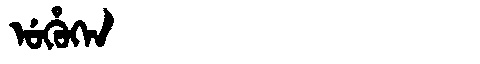
Manchu: ᡠᡥᡠᡴᡝᠨ
Romanization: UHUKEN